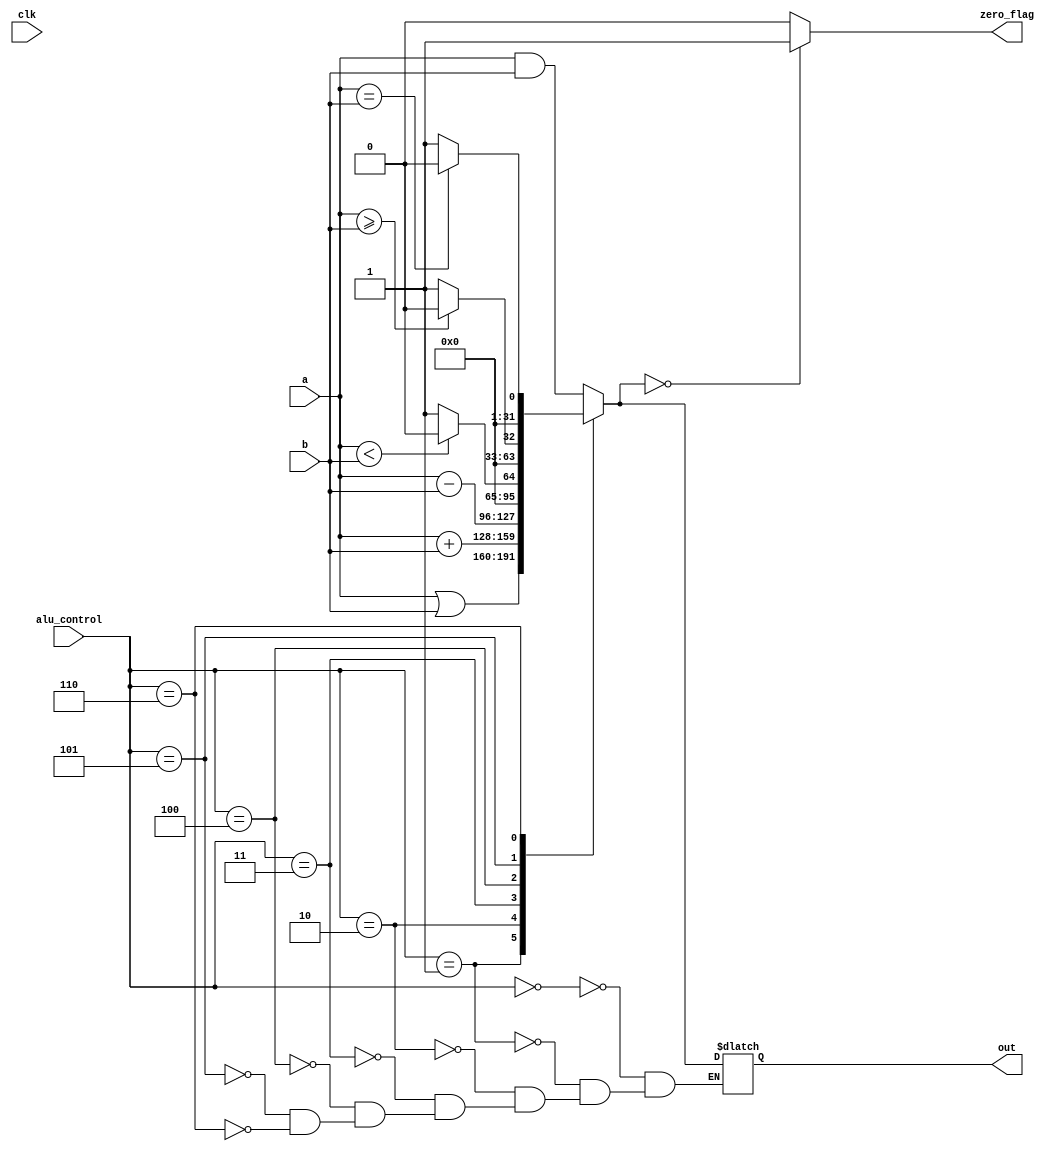
`timescale 1ns / 1ps


module alu(clk,a,b,out,alu_control,zero_flag);//s is ALU CONTROL
input clk;
input [31:0] a,b;
input [2:0] alu_control;
output reg zero_flag;
output reg [31:0] out;

always@(*)
begin
	case(alu_control)
	3'b000:
		out=a&b;
	3'b001:
		out=a|b;	
	3'b010:
		out=a+b;
	3'b011:
		out=a-b;
	3'b100:
    begin
        if(a<b)
            out=0;
        else 
            out=1; 
    end
	3'b101:
	 begin
        if(a>=b)
            out=0;
        else 
            out=1; 
    end
	3'b110:
	 begin
        if(a==b)
            out=0;
        else 
            out=1; 
    end
	endcase

    if(out==0)
        zero_flag=1;
    else
        zero_flag=0;
end 
endmodule